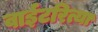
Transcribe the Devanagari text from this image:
वाईटरित्या